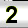
Digit: 2